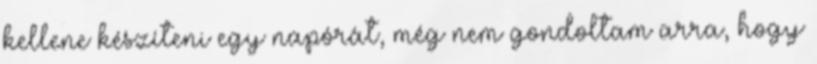
kellene készíteni egy napórát, még nem gondoltam arra, hogy